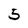
Character: 5